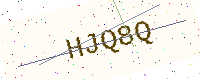
Text: HJQ8Q